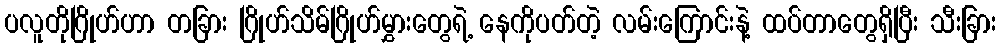
ပလူတိုဂြိုဟ်ဟာ တခြား ဂြိုဟ်သိမ်ဂြိုဟ်မွှားတွေရဲ့ နေကိုပတ်တဲ့ လမ်းကြောင်းနဲ့ ထပ်တာတွေရှိပြီး သီးခြား